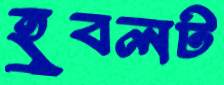
হুবলট